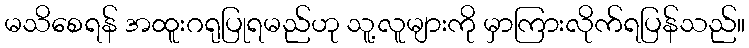
မသိစေရန် အထူးဂရုပြုရမည်ဟု သူ့လူများကို မှာကြားလိုက်ရပြန်သည်။